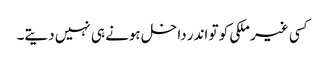
کسی غیر ملکی کو تو اندر داخل ہونے ہی نہیں دیتے۔